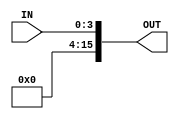
module ZeroExtend#(parameter INSIZE = 4, OUTSIZE = 16)
	(input [INSIZE - 1:0] IN, output reg[OUTSIZE - 1:0] OUT);

always@(*)
	OUT = {IN};

endmodule